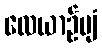
လေယာဉ်ပျံ